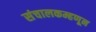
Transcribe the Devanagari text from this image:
संचालकम्हणून